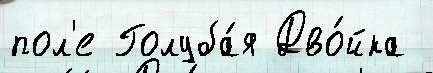
пол'е Голуба́я Дво́йка